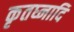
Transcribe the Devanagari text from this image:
कृतघ्नादि